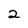
Character: 2